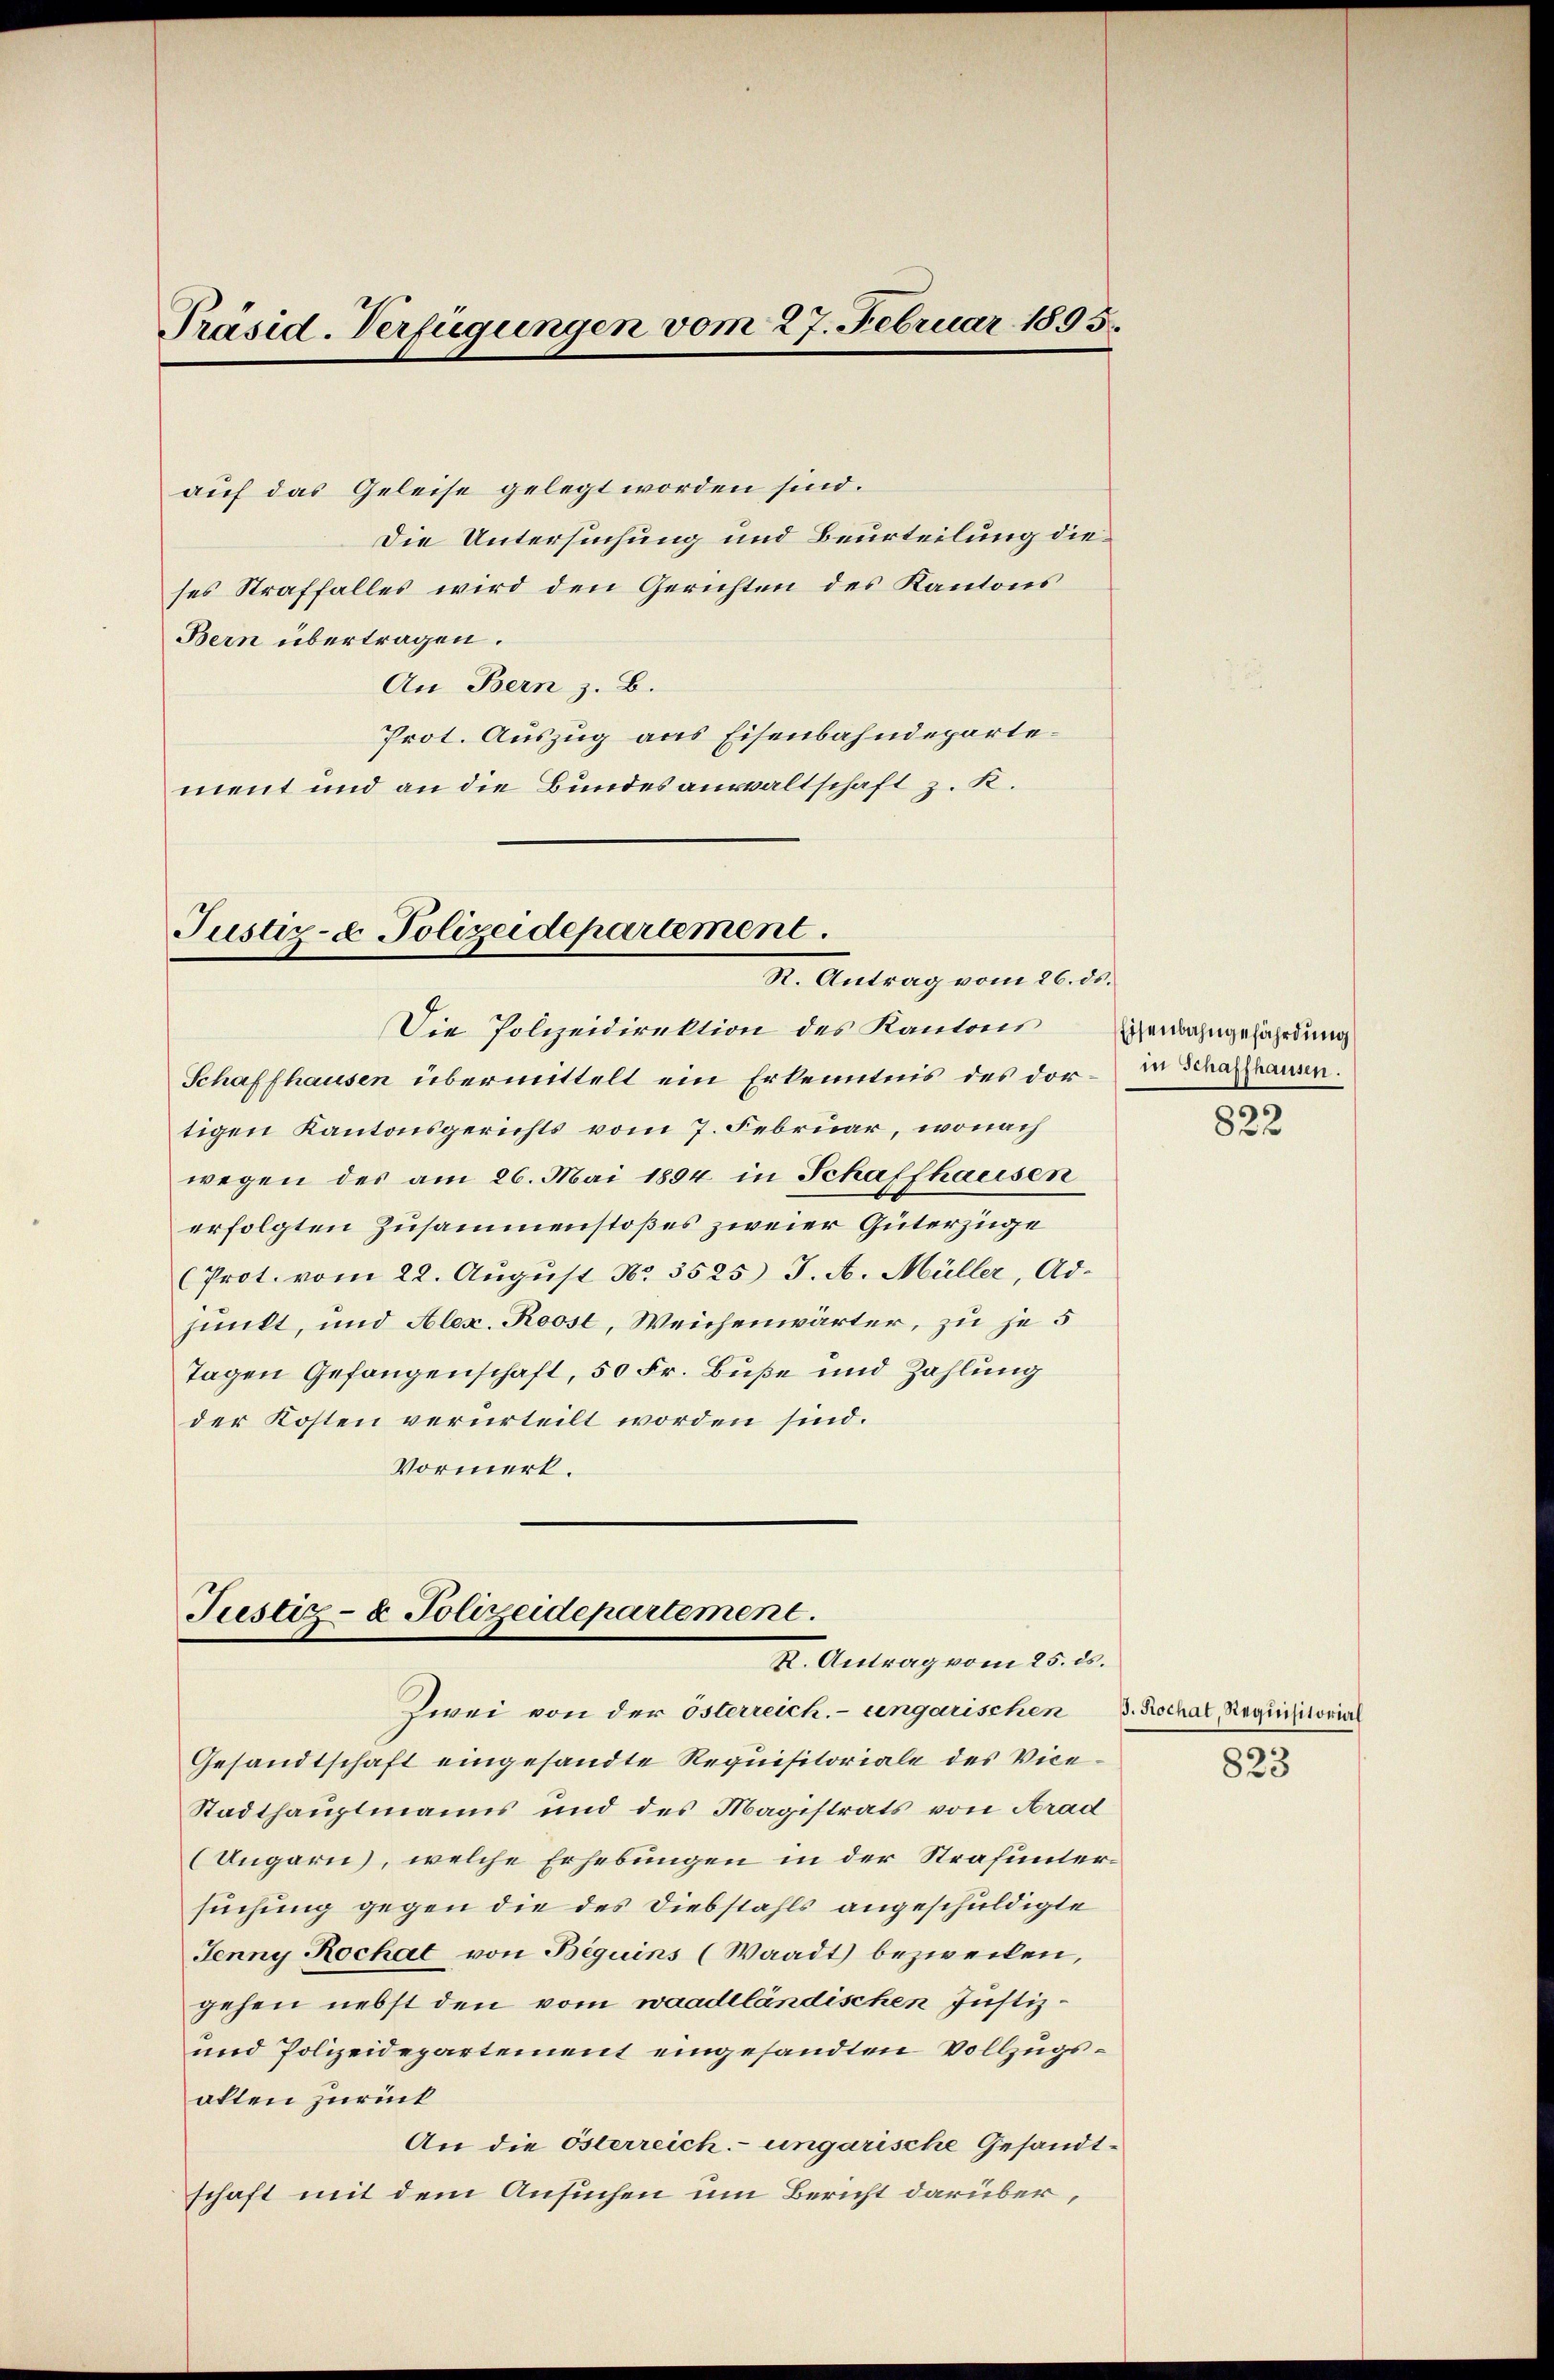
Präsid-Verfügungen vom 27. Februar 1895.

auf das Geleise gelegt worden sind.
Die Untersuchung und Beurteilung die
ses Straffalles wird den Gerichten des Kantons
Bern übertragen.
An Bern z. B.
Prot. Auszug aus Eisenbahndepartement und an die Bundesanwaltschaft z. K.

Justiz- & Polizeidepartement.
R. Antrag vom 26. ds.

Justiz- & Polizeidepartement.
X. Antrag vom 25. ds.

Die Polizeidirektion des Kantons Eisenbahngefährdung
Schaffhausen übermittelt ein Erkenntnis des dor- in Schaffhausen.
tigen Kantonsgerichts vom 7. Februar, wonach
wegen des am 26. Mai 1894 in Schaffhausen
erfolgten Zusammenstoßes zweier Güterzüge
(Prot. vom 22. August No 3525) J. A. Müller, Adjunkt, und Alex. Roost, Weichenwärter, zu je 5
Tagen Gefangenschaft, 50 Fr. Buße und Zahlung
der Kosten verurteilt worden sind.
Vormerk.

Zwei von der österreich. ungarischen
Gesandtschaft eingesandte Requisitoriale des Vice¬
Stadthauptmanns und des Magistrats von Arad
(Ungarn), welche Erhebungen in der Strafuntersuchung gegen die des Diebstahls angeschuldigte
Jenny Rochat von Beguins (Waadt bezwecken,
gehen nebst den vom waadtländischen Justiz¬
und Polizeidepartement eingesandten Vollzugsalten zurück
An die österreich. ungarische Gesandtschaft mit dem Ansuchen um Bericht darüber,

822

. Rochat, Requisitorial
823